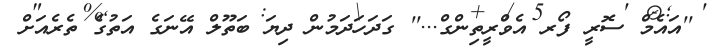
''އައެމް ސޮރީ ފޯރ އެވްރީތިންގް...'' ގަދަހަދަމުން ދިޔަ ބަތޫލް އޭނަގެ އަތުގެ ތެރެއަށް